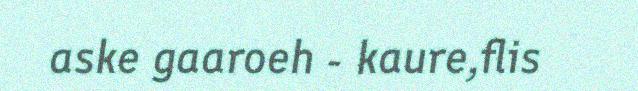
aske gaaroeh - kaure,flis